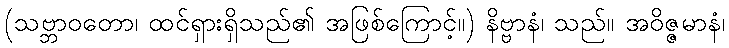
(သဗ္ဘာဝတော၊ ထင်ရှားရှိသည်၏ အဖြစ်ကြောင့်။) နိဗ္ဗာနံ၊ သည်။ အဝိဇ္ဇမာနံ၊